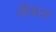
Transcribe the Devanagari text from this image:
तोंडाळ